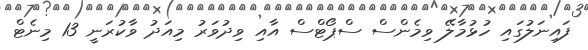
ފައިނަލުގައި ހުޅުމާލޭ ވިމެންސް ސްޕޯޓްސް އާއި ވިދުވަރު މިއަދު ވާކުރަނީ 13 މިނެޓް